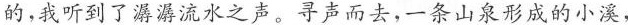
的，我听到了潺潺流水之声。寻声而去，一条山泉形成的小溪，